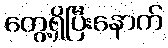
တွေ့ရှိပြီးနောက်